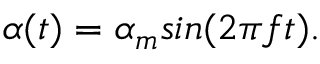
\alpha ( t ) = \alpha _ { m } s i n ( 2 \pi f t ) .